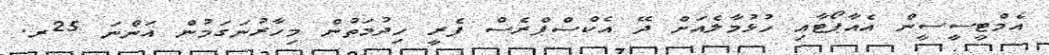
އެމްޓީސީސީން އެއާޕޯޓާއި ހުޅުމާލެއަށް ދޭ އެކްސްޕްރެސް ފެރީ ހިދުމަތުން މިހާރުނަގަމުން އަންނަ 25ރ.